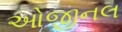
ઓજીનલ